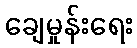
ချေမှုန်းရေး